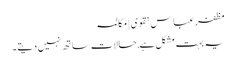
مظفر عباس نقوی | مکالمہ
یہ بہت مشکل ہے, حالات ساتھ نہیں دیتے ۔